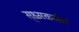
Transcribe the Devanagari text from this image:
सूक्ष्मकर्नल